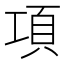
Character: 項